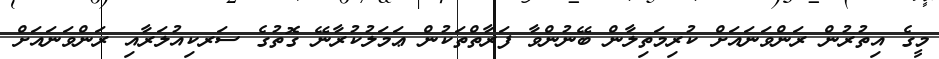
މީގެ އިތުރުން ރަންވަނައަށް ކުރިމަތިލާން ބޭނުންވާ ފަރާތްތަކުން ޢަމަލުކުރާނޭ ގޮތުގެ ސަރކިއުލަރާއި ރަންވަނައަށް